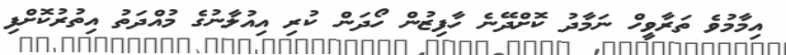
އިމާމުވެ ތަރާވީހް ނަމާދު ކޮށްދޭނެ ހާފިޒުން ހޯދަން ކުރި އިއުލާނުގެ މުއްދަތު އިތުރުކޮށްފި